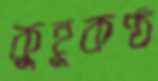
কুহূকণ্ঠ